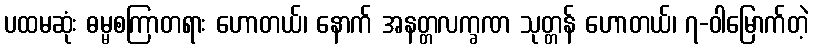
ပထမဆုံး ဓမ္မစကြာတရား ဟောတယ်၊ နောက် အနတ္တလက္ခဏ သုတ္တန် ဟောတယ်၊ ၇-ဝါမြောက်တဲ့